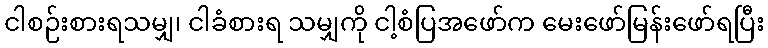
ငါစဉ်းစားရသမျှ၊ ငါခံစားရ သမျှကို ငါ့စံပြအဖော်က မေးဖော်မြန်းဖော်ရပြီး